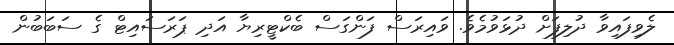
ލެވިފައިވާ ދުލިފަށް ދުޅަވުމެވެ. ވައިރަސް ފަންގަސް ބެކްޓީރިޔާ އަދި ޕަރަސައިޓް ގެ ސަބަބުން